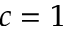
c = 1